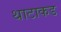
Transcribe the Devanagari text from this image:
थाटाकड